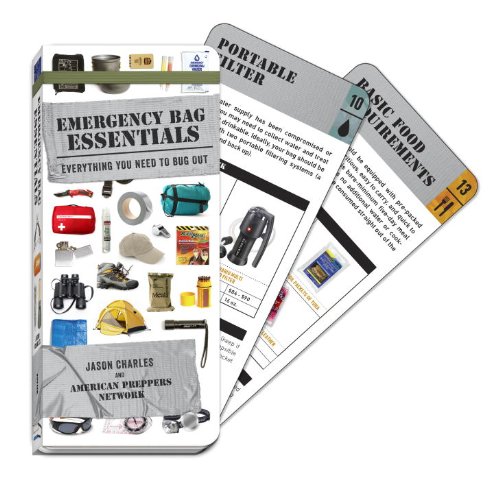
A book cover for Emergency Bag Essentials (Swatchbook): Everything You Need to Bug Out; Jason Charles; Science & Math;